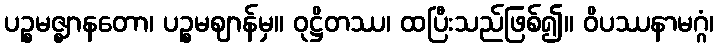
ပဉ္စမဇ္ဈာနတော၊ ပဉ္စမဈာန်မှ။ ဝုဋ္ဌိတဿ၊ ထပြီးသည်ဖြစ်၍။ ဝိပဿနာမဂ္ဂံ၊